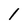
Character: l